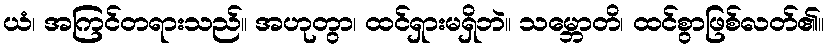
ယံ၊ အကြင်တရားသည်။ အဟုတွာ၊ ထင်ရှားမရှိဘဲ။ သမ္ဘောတိ၊ ထင်စွာဖြစ်လတ်၏။